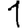
Digit: 1